Malaria in the Andamans - Number 56
Disease focus: Malaria
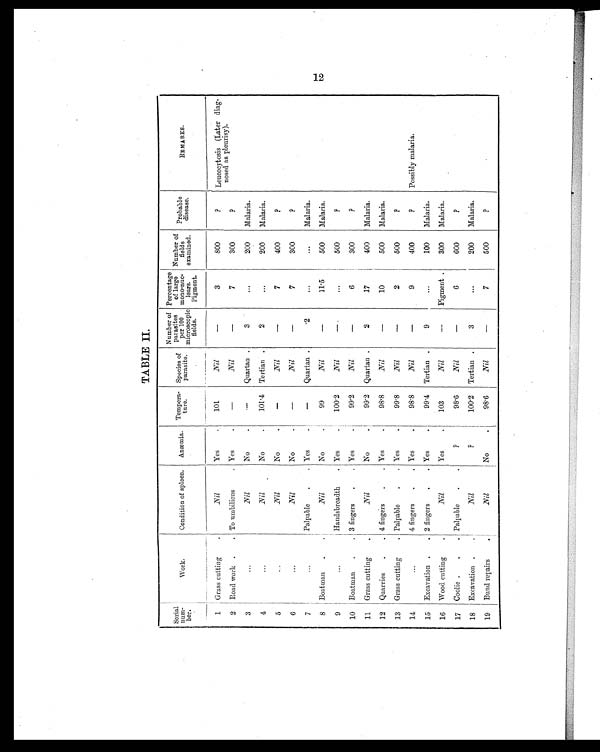
TABLE II.
Serial
num-
ber.
Work.
Condition of spleen.
A n æ m i a . Tempera-
ture.
Species of
parasite.
Number of
parasites
per 100
microscopic
fields.
Percentage
of large
mono-nuc-
lears.
Pigment.
Number of
fields
examined.
Probable
disease.
REMARKS.
1 Grass cutting
.
Nil
Yes
.
101
Nil
—
3
800
?
Leucocytosis (Later diag-
nosed as pleurisy).
2 Road work .
. To umbilicus
. Yes
.
—
Nil
—
7
300
?
3
...
Nil
No
.
—
Quartan .
3
. . .
200
Malaria
4 ...
Nil
No
.
101.4 Tertian .
2
. . .
200
Malaria.
5
. . .
Nil
No
.
—
Nil
—
7
400
?
6
...
Nil
No
.
—
Nil
—
7
300
?
7
...
Palpable
.
. Yes
.
—
Quartan .
.2
...
...
Malaria.
8 Boatman
.
.
Nil
No
.
99
Nil
—
11.5
500
Malaria.
9
...
Handsbreadth
. Yes
.
100.2
Nil
—
. . .
500
?
10 Boatman .
. 3 fingers
.
. Yes
.
99.2
Nil
—
6
300
?
11 Grass cutting
.
Nil
No
.
99.2 Quartan .
2
17
400
Malaria.
12 Quarries
.
. 4 fingers
.
. Yes
.
98.8
Nil
—
10
500
Malaria.
13 Grass cutting
. Palpable
.
. Yes
.
99.8
Nil
—
2
500
?
14
. . .
4 fingers
.
. Yes
.
98.8
Nil
—
9
400
?
Possibly malaria.
15 Excavation .
. 2 fingers
.
. Yes
.
99.4 Tertian .
9
...
100
Malaria.
16 Wood cutting
.
Nil
Yes
.
103
Nil
—
Pigment .
300
Malaria.
17 Coolie .
.
. Palpable
.
.
?
98.6
Nil
—
6
600
?
18 Excavation
. .
Nil
?
100.2 Tertian .
3
. . .
200
Malaria.
19 Bund repair
. Nil
No
.
98.6
Nil
—
7
500
?
12